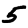
Digit: 5